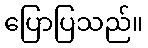
ပြောပြသည်။